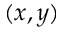
( x , y )